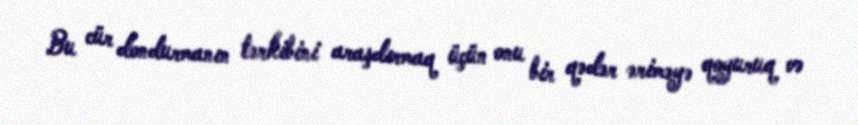
Bu cür dondurmanın tərkibini araşdırmaq üçün onu bir qədər əriməyə qoyuruq və